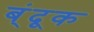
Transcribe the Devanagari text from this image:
ब्ंदूक